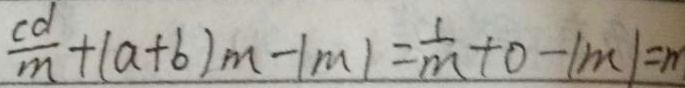
\frac { c d } { m } + ( a + b ) m - \vert m \vert = \frac { 1 } { m } + 0 - \vert m \vert = m